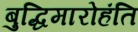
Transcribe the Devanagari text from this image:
बुद्धिमारोहंति